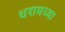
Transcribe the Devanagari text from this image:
धरायच्या